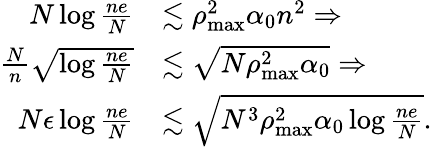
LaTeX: \begin{array}{rl}{N\log\frac{ne}{N}}&{\lesssim\rho_{\operatorname*{max}}^{2}\alpha_{0}n^{2}\Rightarrow}\\ {\frac{N}{n}\sqrt{\log\frac{ne}{N}}}&{\lesssim\sqrt{N\rho_{\operatorname*{max}}^{2}\alpha_{0}}\Rightarrow}\\ {N\epsilon\log\frac{ne}{N}}&{\lesssim\sqrt{N^{3}\rho_{\operatorname*{max}}^{2}\alpha_{0}\log\frac{ne}{N}}.}\end{array}